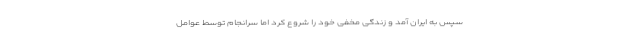
سپس به ایران آمد و زندگی مخفی خود را شروع کرد اما سرانجام توسط عوامل